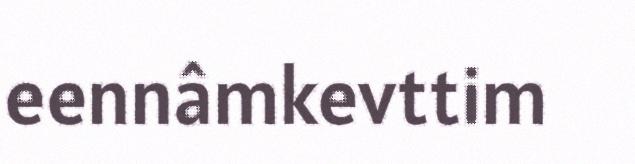
eennâmkevttim